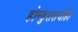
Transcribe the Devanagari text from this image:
होन्डुरासचीही